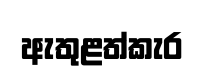
ඇතුළත්කැර